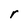
Character: r